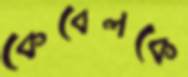
কেবেলকে